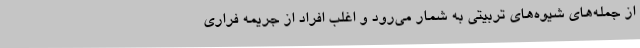
از جمله‌های شیوه‌های تربیتی به شمار می‌رود و اغلب افراد از جریمه فراری